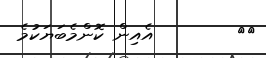
١٤        އެއިން ކޮންމެބަޔަކުމެ